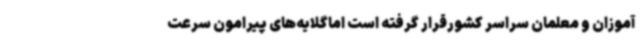
آموزان و معلمان سراسر کشورقرار گرفته است اماگلایه‌های پیرامون سرعت